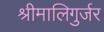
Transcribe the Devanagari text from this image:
श्रीमालिगुर्जर